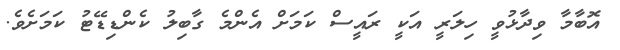
އޮބާމާ ވިދާޅުވީ ހިލަރީ އަކީ ރައީސް ކަމަށް އެންމެ ގާބިލު ކެންޑިޑޭޓު ކަމަށެވެ.